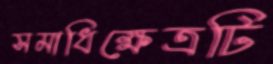
সমাধিক্ষেত্রটি